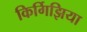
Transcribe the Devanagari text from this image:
किर्गिझिया